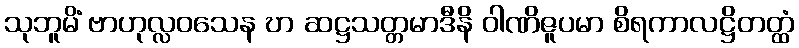
သုဘူမိံ ဗာဟုလ္လဝသေန ဎာ ဆဋ္ဌသတ္တမာဒီနိ ဝါဏိဇူပမာ စိရကာလဋ္ဌိတတ္ထံ